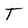
Character: T